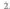
2